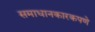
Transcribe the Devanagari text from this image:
समाधानकारकपणे